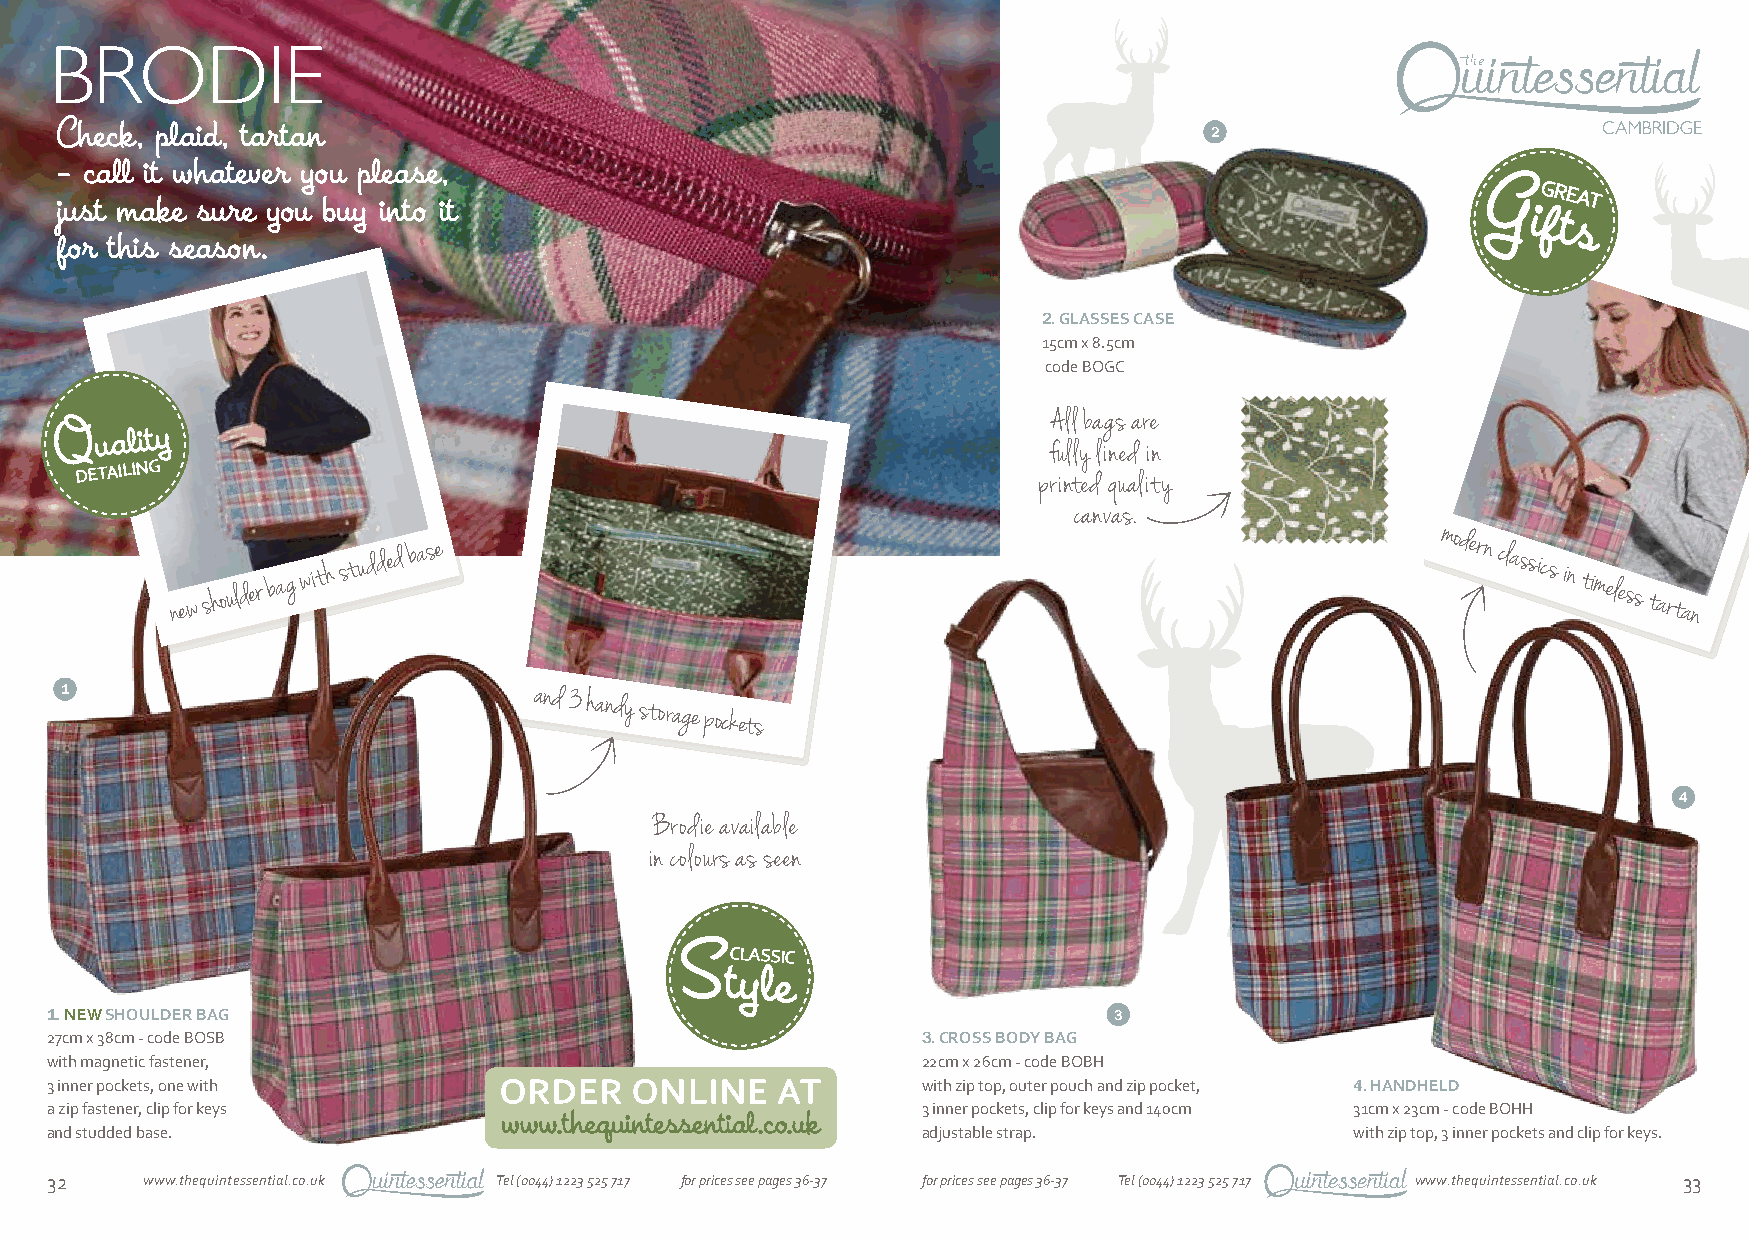
BRODIE
 Check, plaid, tartan                                                        2
 – call it whatever you please,
 just make sure you buy into it                                                                G
 ifG tRE
 sAT
 for this season.
 2. GLASSES CASE
 15cm x 8.5cm
 code BOGC
 All bags are
 Q  uality
 fully lined in
 DETAILING
 printed quality
 canvas.
 n e w s h o uld er b a g wit h s t u d d e d b a s e
 modern
 classics in timeless tartan
 1                              and 3 handy
 storage
 pockets
 4
 Brodie available
 in colours as seen
 CLASSIC
 S
 tyle
 1. NEW SHOULDER BAG                                                    3
 27cm x 38cm - code BOSB                                   3. CROSS BODY BAG
 with magnetic fastener,                                   22cm x 26cm - code BOBH
 3 inner pockets, one with                                 with zip top, outer pouch and zip pocket, 4. HANDHELD
 a zip fastener, clip for keys                             3 inner pockets, clip for keys and 140cm 31cm x 23cm - code BOHH
 and studded base.                                         adjustable strap.            with zip top, 3 inner pockets and clip for keys.
 32    www.thequintessential.co.uk Tel (0044) 1223 525 717 for prices see pages 36-37 for prices see pages 36-37 Tel (0044) 1223 525 717 www.thequintessential.co.uk 33